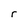
Character: r